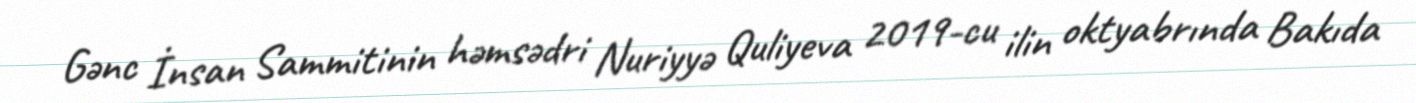
Gənc İnsan Sammitinin həmsədri Nuriyyə Quliyeva 2019-cu ilin oktyabrında Bakıda